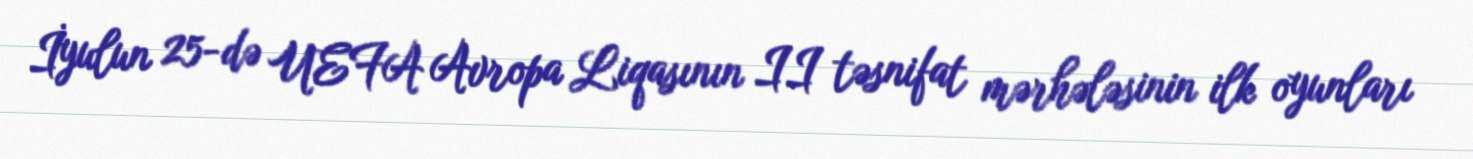
İyulun 25-də UEFA Avropa Liqasının II təsnifat mərhələsinin ilk oyunları